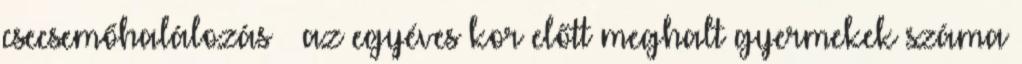
csecsemőhalálozás – az egyéves kor előtt meghalt gyermekek száma